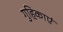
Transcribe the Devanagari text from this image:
गुहिकाएं